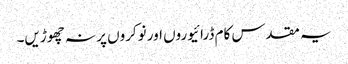
یہ مقدس کام ڈرائیوروں اور نوکروں پر نہ چھوڑیں۔